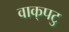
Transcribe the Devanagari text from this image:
वाक्‌पटु